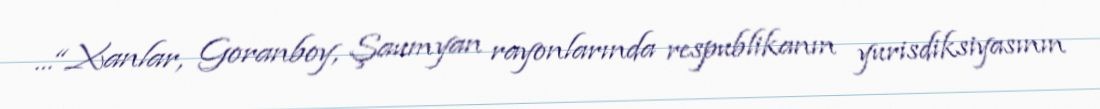
...“Xanlar, Goranboy, Şaumyan rayonlarında respublikanın yurisdiksiyasının